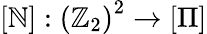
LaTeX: \left[\mathbb{N}\right]:\left(\mathbb{{Z}}_{2}\right)^{2}\rightarrow\left[\Pi\right]